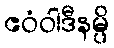
ဧဝံဝါဒီနမ္ပိ